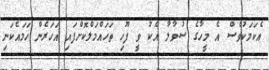
އެކަމަކުވެސް އެ މީހާގެ ސުވާލާ އެކު ވީ ފޫހި ތަހައްމަލްކޮށްފައި އަހަރެން ހަމައެކަނި